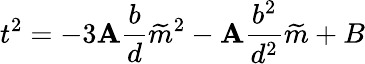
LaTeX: t^{2}=-3\mathbf{A}\frac{{b}}{{d}}\widetilde{{m}}^{2}-\mathbf{A}\frac{{b^{2}}}{{d^{2}}}\widetilde{{m}}+B